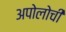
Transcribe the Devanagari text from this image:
अपोलोची